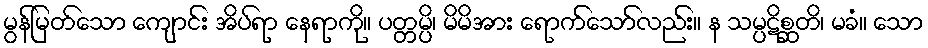
မွန်မြတ်သော ကျောင်း အိပ်ရာ နေရာကို။ ပတ္တမ္ပိ၊ မိမိအား ရောက်သော်လည်း။ န သမ္ပဋိစ္ဆတိ၊ မခံ။ သော